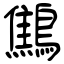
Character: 鷦